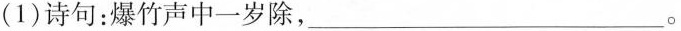
(1)诗句：爆竹声中一岁除，___。